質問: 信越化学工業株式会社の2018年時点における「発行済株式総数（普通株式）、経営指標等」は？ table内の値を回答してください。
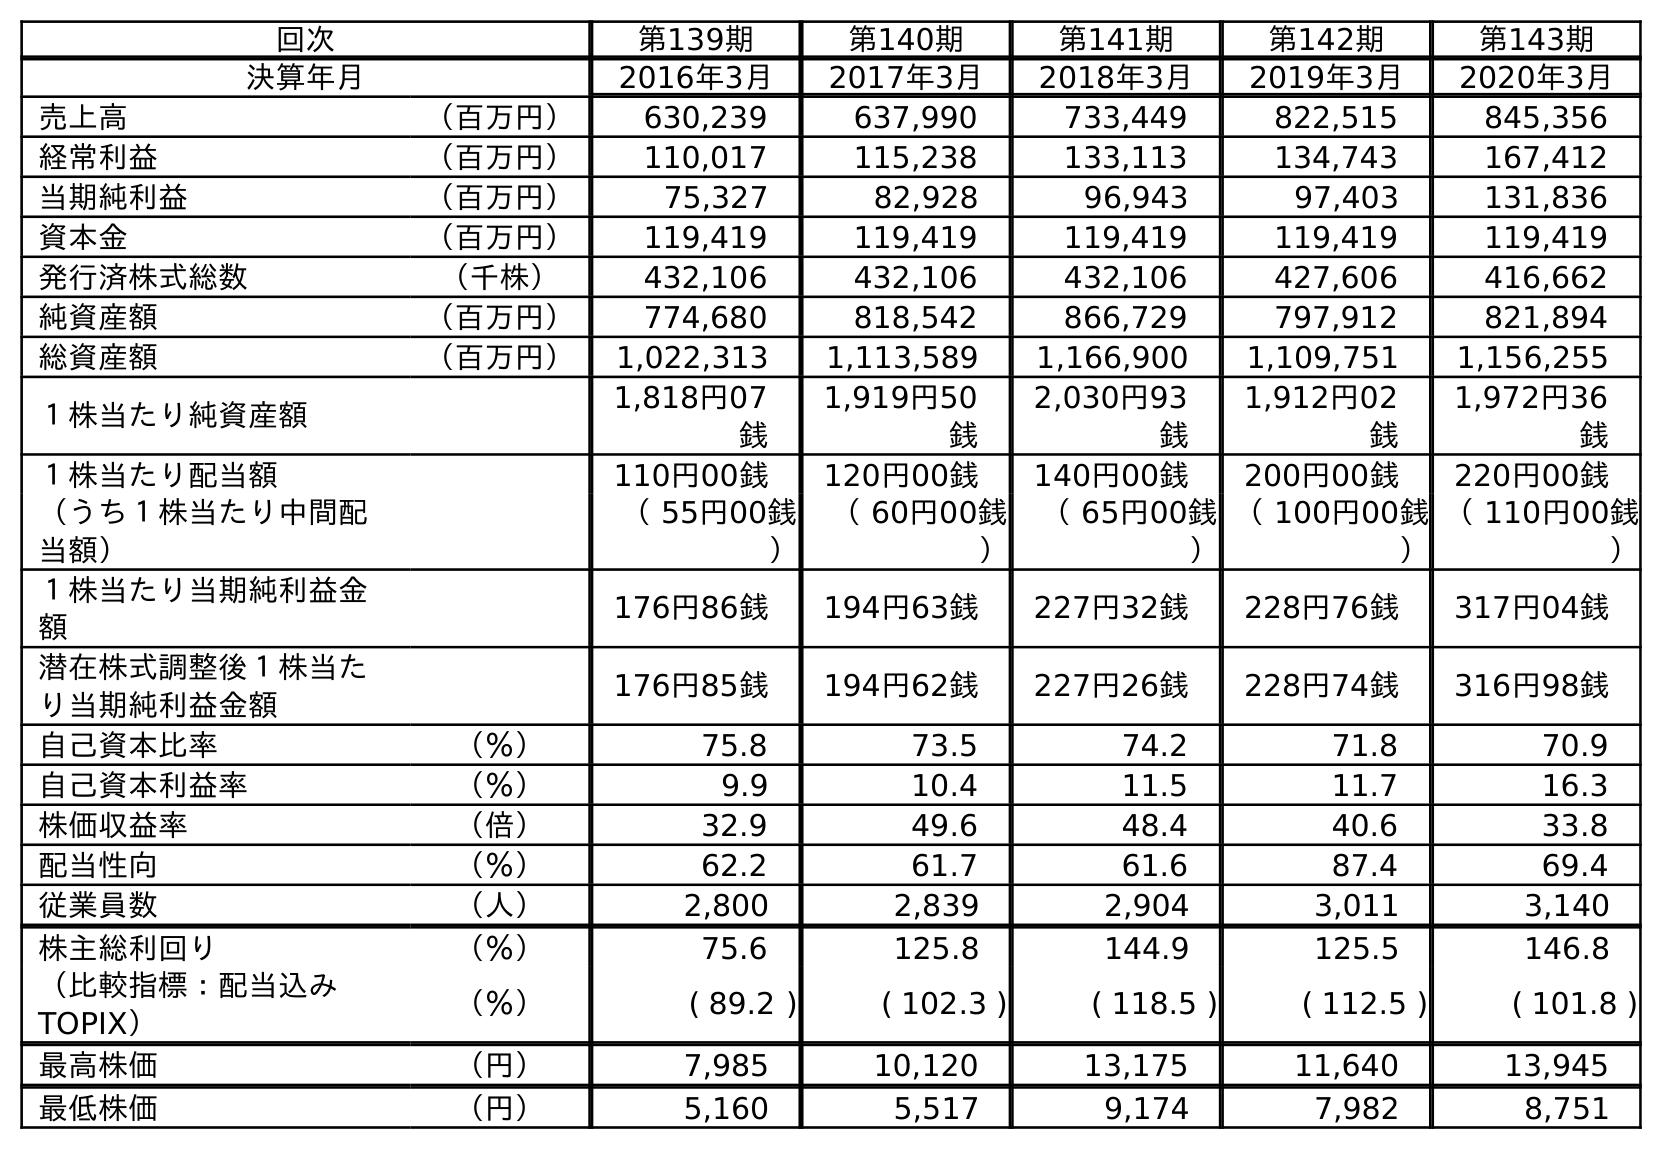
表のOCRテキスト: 回次 第139期 第140期 第141期 第142期 第143期 決算年月 2016年3月 2017年3月 2018年3月 2019年3月 2020年3月 売上高 （百万円） 630,239 637,990 733,449 822,515 845,356 経常利益 （百万円） 110,017 115,238 133,113 134,743 167,412 当期純利益 （百万円） 75,327 82,928 96,943 97,403 131,836 資本金 （百万円） 119,419 119,419 119,419 119,419 119,419 発行済株式総数 （千株） 432,106 432,106 432,106 427,606 416,662 純資産額 （百万円） 774,680 818,542 866,729 797,912 821,894 総資産額 （百万円） 1,022,313 1,113,589 1,166,900 1,109,751 1,156,255 １株当たり純資産額 1,818円07 銭 1,919円50 銭 2,030円93 銭 1,912円02 銭 1,972円36 銭 １株当たり配当額 110円00銭 120円00銭 140円00銭 200円00銭 220円00銭 （うち１株当たり中間配 当額） （ 55円00銭 ） （ 60円00銭 ） （ 65円00銭 ） （ 100円00銭 ） （ 110円00銭 ） １株当たり当期純利益金 額 176円86銭 194円63銭 227円32銭 228円76銭 317円04銭 潜在株式調整後１株当た り当期純利益金額 176円85銭 194円62銭 227円26銭 228円74銭 316円98銭 自己資本比率 （％） 75.8 73.5 74.2 71.8 70.9 自己資本利益率 （％） 9.9 10.4 11.5 11.7 16.3 株価収益率 （倍） 32.9 49.6 48.4 40.6 33.8 配当性向 （％） 62.2 61.7 61.6 87.4 69.4 従業員数 （人） 2,800 2,839 2,904 3,011 3,140 株主総利回り （％） 75.6 125.8 144.9 125.5 146.8 （比較指標：配当込み TOPIX） （％） ( 89.2 ) ( 102.3 ) ( 118.5 ) ( 112.5 ) ( 101.8 ) 最高株価 （円） 7,985 10,120 13,175 11,640 13,945 最低株価 （円） 5,160 5,517 9,174 7,982 8,751
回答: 432,106